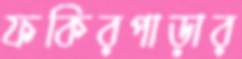
ফকিরপাড়ার